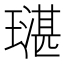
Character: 𤩌